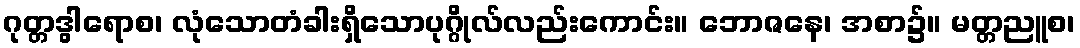
ဂုတ္တဒွါရောစ၊ လုံသောတံခါးရှိသောပုဂ္ဂိုလ်လည်းကောင်း။ ဘောဇနေ၊ အစာ၌။ မတ္တညူစ၊